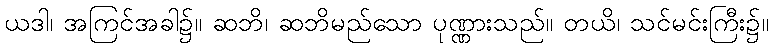
ယဒါ၊ အကြင်အခါ၌။ ဆဘိ၊ ဆဘိမည်သော ပုဏ္ဏားသည်။ တယိ၊ သင်မင်းကြီး၌။